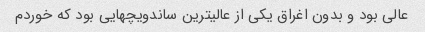
عالی بود و بدون اغراق یکی از عالیترین ساندویچهایی بود که خوردم